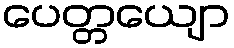
ပေတ္တယျော